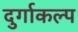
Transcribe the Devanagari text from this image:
दुर्गाकल्प